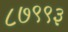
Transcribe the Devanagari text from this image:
८७९९३